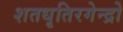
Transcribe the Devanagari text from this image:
शतधृतिरगेन्द्रो